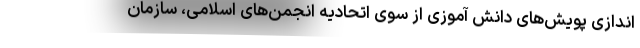
اندازی پویش‌های دانش آموزی از سوی اتحادیه انجمن‌های اسلامی، سازمان